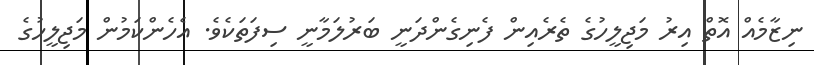
ނިޒާމެއް އޮތް އިރު މަޖިލީހުގެ ތެރެއިން ފެނިގެންދަނީ ބަރުލަމާނީ ސިފަތަކެވެ. އެހެންކަމުން މަޖިލީހުގެ